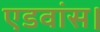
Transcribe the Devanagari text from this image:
एडवांस।